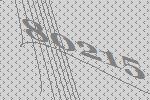
80215